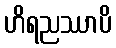
ဟိရညဿာပိ